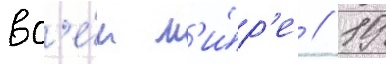
вс'е́м м'и́р'е // 19